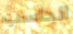
الحاسب